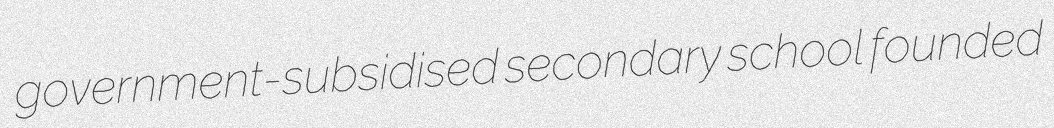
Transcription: government-subsidised secondary school founded